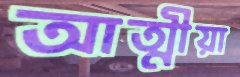
আত্মীয়া